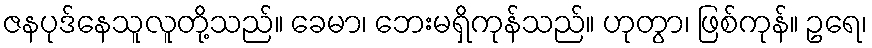
ဇနပုဒ်နေသူလူတို့သည်။ ခေမာ၊ ဘေးမရှိကုန်သည်။ ဟုတွာ၊ ဖြစ်ကုန်။ ဥရေ၊